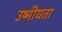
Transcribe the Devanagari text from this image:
उष्मीयता